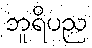
ဘူရိပည